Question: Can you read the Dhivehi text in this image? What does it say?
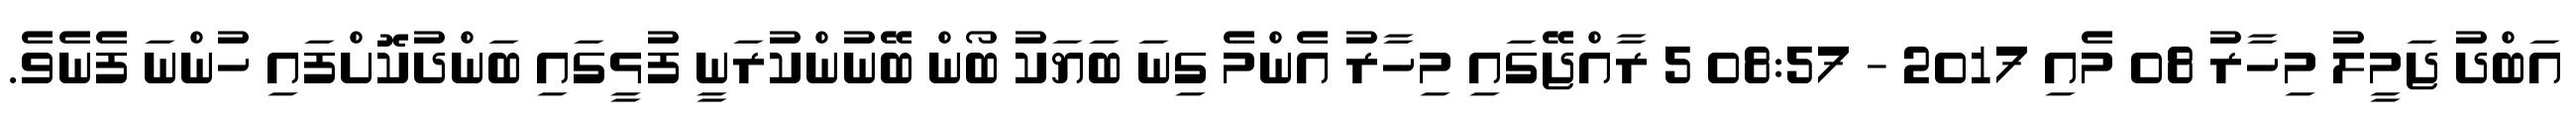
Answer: އަބްދު ޖަމީލު މިހާރު 08 މެއި 2017 - 08:57 5 ރާއްޖޭގައި މިހާރު އެންމެ ގިނަ ބަޔަކު ބޯން ބޭނުންކުރަނީ ފުޅީގައި ބަންދުކޮށްފައި ހުންނަ ފެނެވެ.